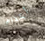
اعدام